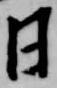
日